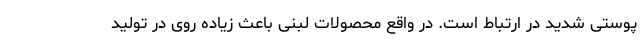
پوستی شدید در ارتباط است. در واقع محصولات لبنی باعث زیاده روی در تولید